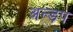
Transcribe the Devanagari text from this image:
अन्ड़प